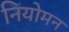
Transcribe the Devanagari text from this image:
नियोमन